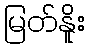
မြတ်နိူး